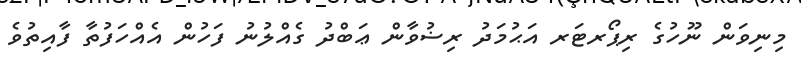
މިނިވަން ނޫހުގެ ރިޕޯރޓަރ އަޙުމަދު ރިޟުވާން ޢަބްދު ގެއްލުނު ފަހުން އެއްހަފުތާ ފާއިތުވެ